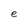
Character: e